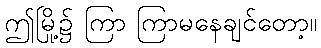
ဤမြို့၌ ကြာ ကြာမနေချင်တော့။